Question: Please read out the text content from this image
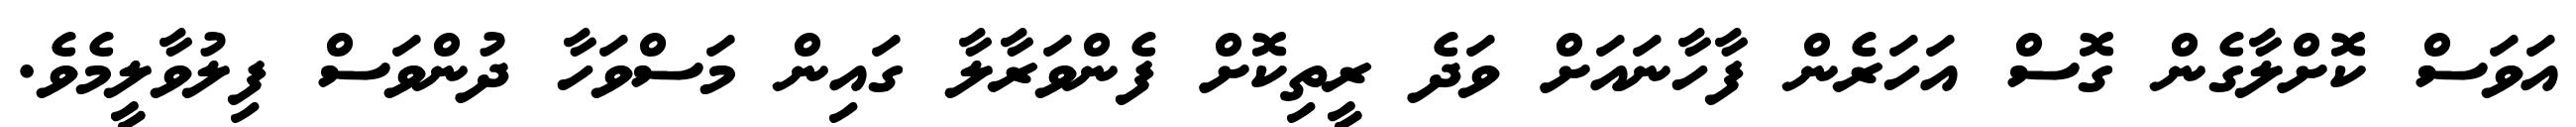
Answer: އަވަސް ކޮށްލާގެން ގޮސް އަހަރެން ފާހާނައަށް ވަދެ ރީތިކޮށް ފެންވަރާލާ ގައިން މަސްވަހާ ދުންވަސް ފިލުވާލީމެވެ.